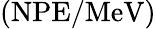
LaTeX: (\mathrm{NPE}/\mathrm{MeV})